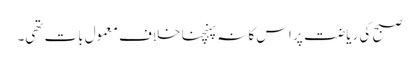
صبح کی ریاضت پر اس کا نہ پہنچنا خلاف معمول بات تھی۔